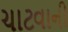
ચાટવાની